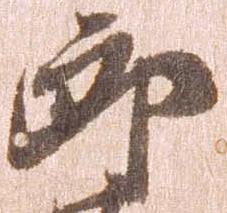
郎